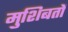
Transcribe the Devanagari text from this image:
मुशिबतों